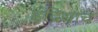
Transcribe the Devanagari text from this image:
इंद्रियाचे